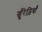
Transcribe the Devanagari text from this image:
खू़ँरेज़ियाँ